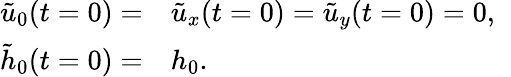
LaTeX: \begin{array}{rl}{\tilde{u}_{0}(t=0)=}&{{}\tilde{u}_{x}(t=0)=\tilde{u}_{y}(t=0)=0,\; \; }\\ {\tilde{h}_{0}(t=0)=}&{{}h_{0}.}\end{array}